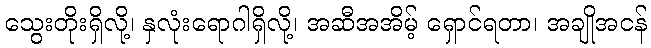
သွေးတိုးရှိလို့၊ နှလုံးရောဂါရှိလို့၊ အဆီအအိမ့် ရှောင်ရတာ၊ အချိုအငန်